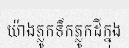
យ៉ាងភ្លូកទឹកភ្លូកដីក្នុង